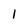
Character: 1